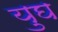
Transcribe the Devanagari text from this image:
युघ